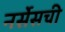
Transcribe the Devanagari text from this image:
नर्सेसची